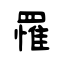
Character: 罹